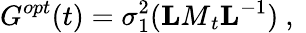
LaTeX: G^{opt}(t)=\sigma_{1}^{2}({\mathbf LM}_{t}{\mathbf L}^{-1})\mathrm{~,~}